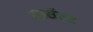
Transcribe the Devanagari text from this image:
सार्सेल्स